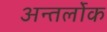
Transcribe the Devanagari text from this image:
अन्तर्लोक